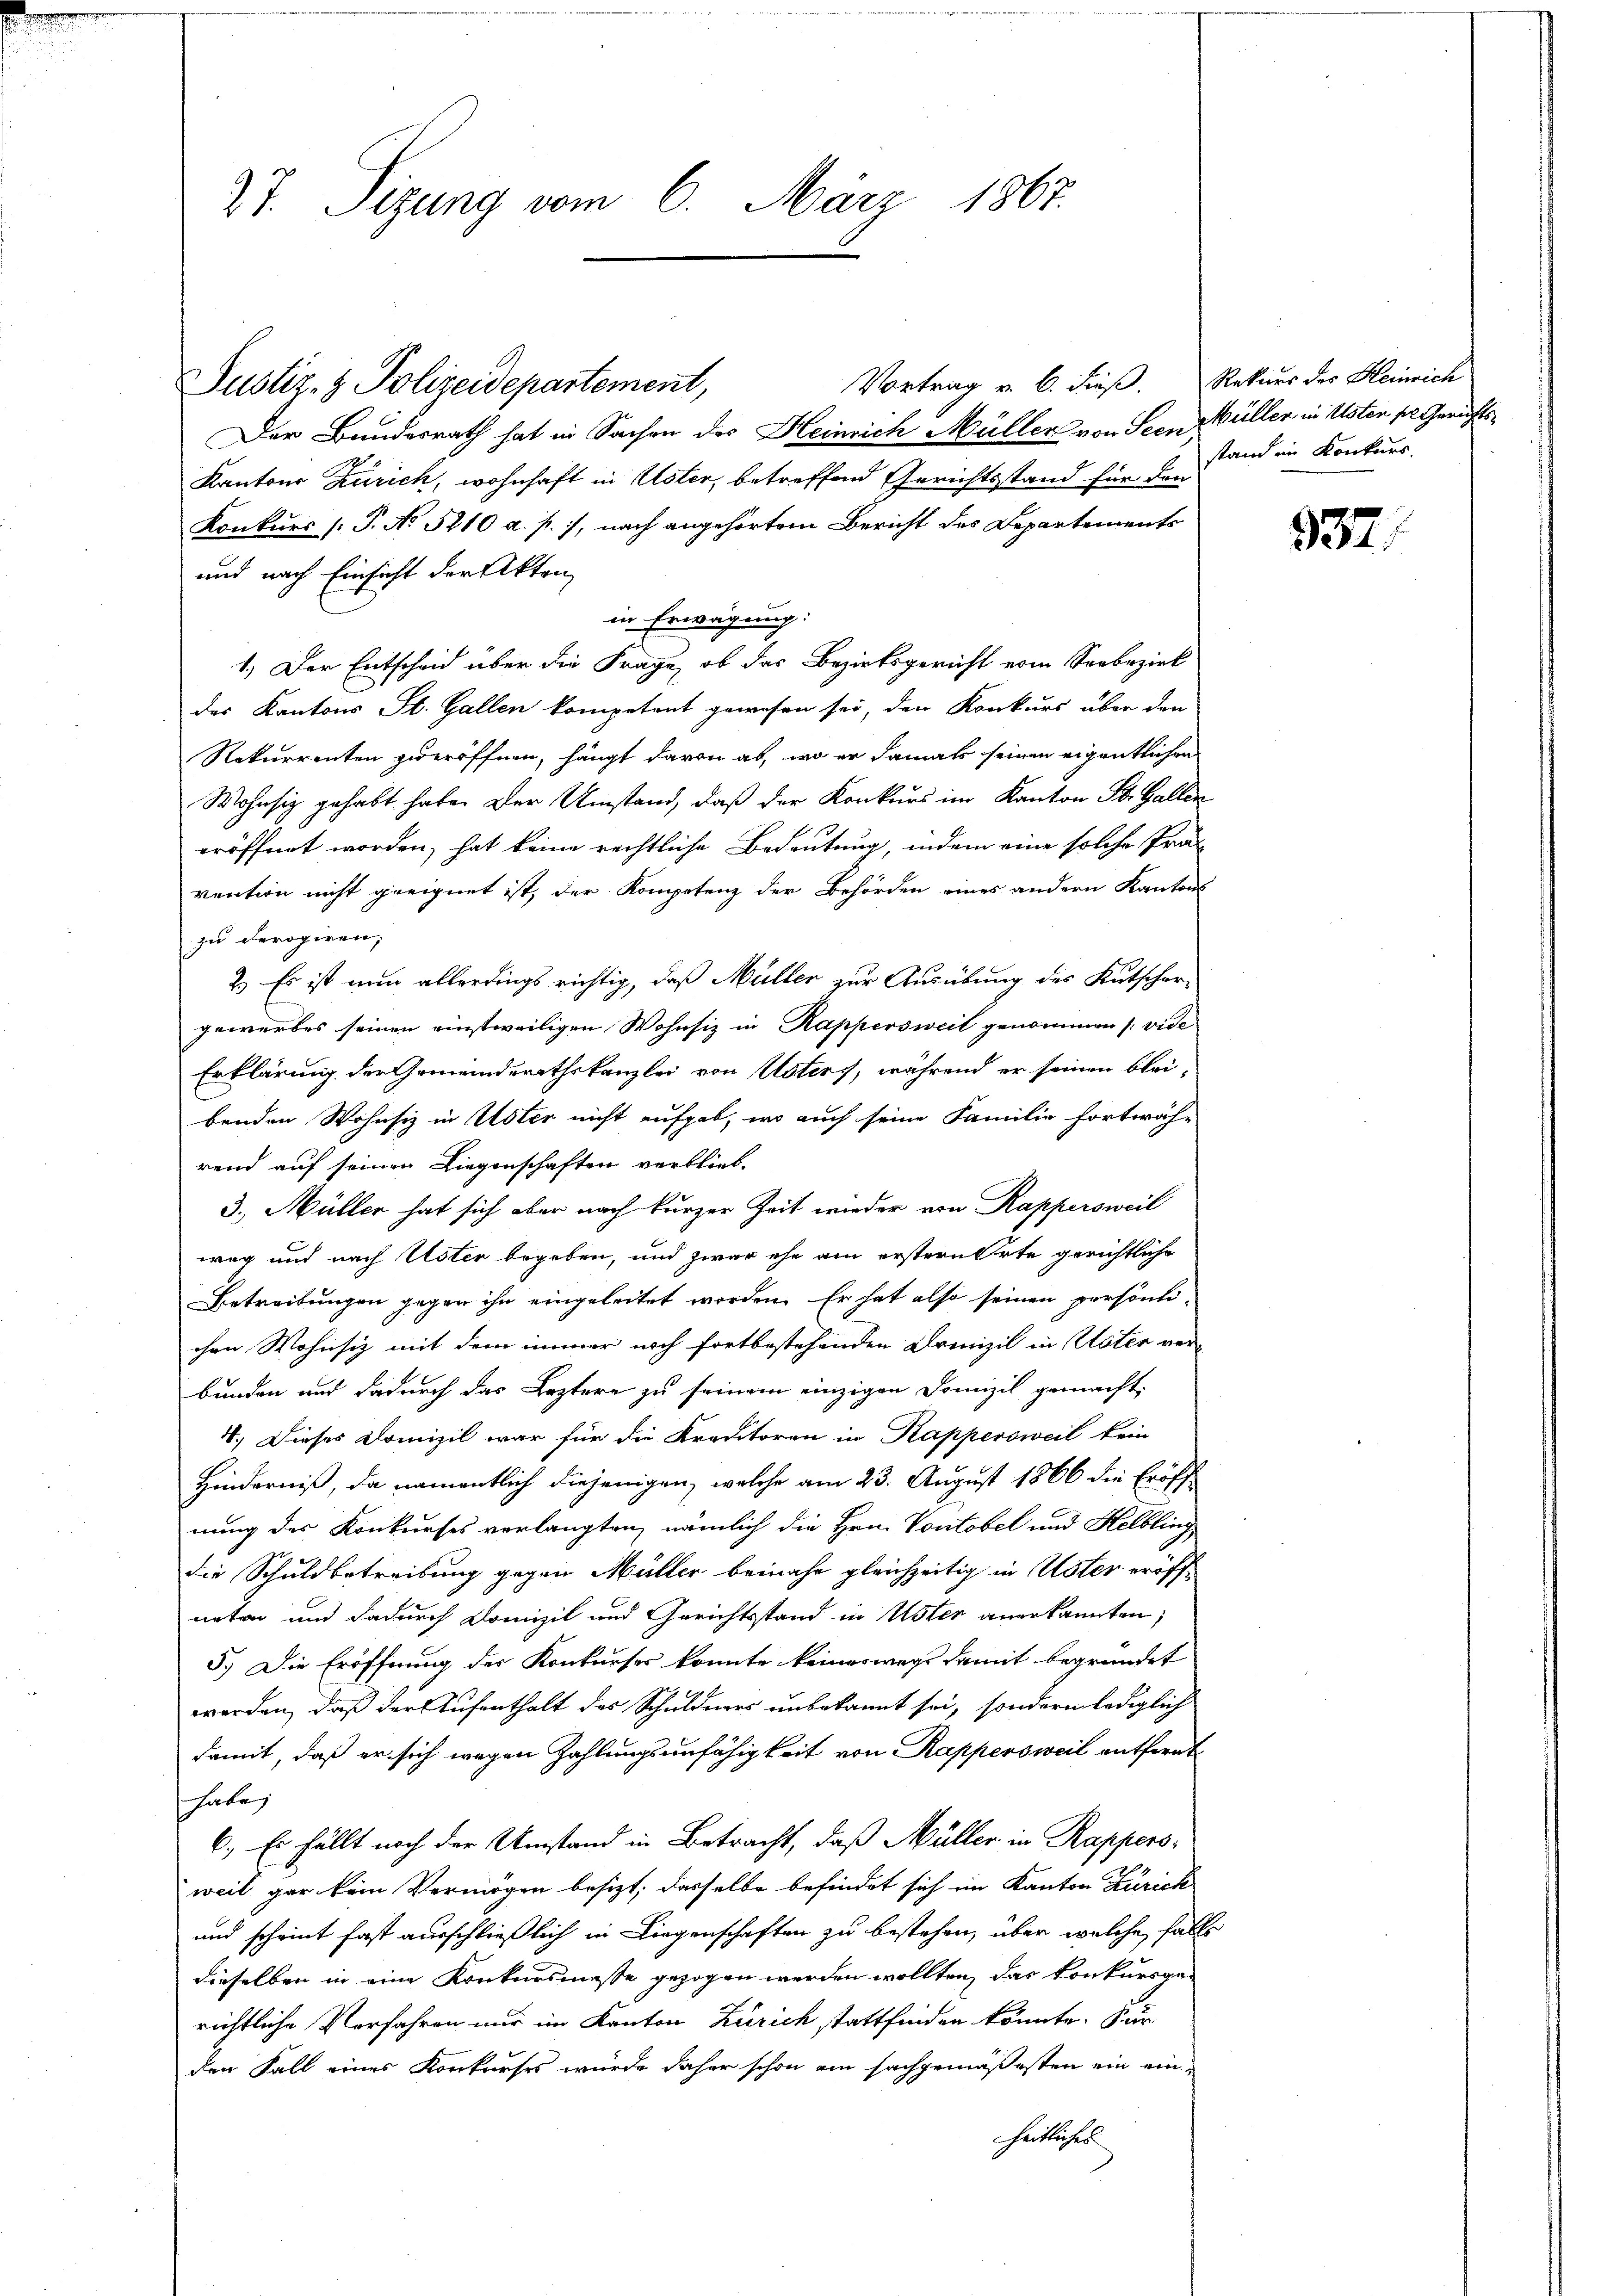
27. Sizung vom 6. März 1867.

Justiz- & Polizeidepartement,

Vortrag v. 6. dieß. Rekurs des Heinrich

Der Bundesrath hat in Sachen des Heinrich Müller von Seen Müllen in Uster sel. Gerichts¬
Kantons Zürich, wohnhaft in Uster, betreffend Gerichtsstand für den
Konkurs (T. No 5210 a. p.), nach angehörtem Bericht des Departements
und nach Einsicht der Akten,
in Erwägung:
1.) Der Entscheid über die Frage, ob das Bezirksgericht vom Seebezirk
der Kantons St. Gallen kompetent gewesen sei, den Konkurs über den
Rekurrenten zweröffnen, hängt davon ab, wo er damals seinen eigentlichen
Wohnsiz gehabt habe. Der Umstand, daß der Konkurs im Kanton St. Gallen
eröffnet worden, hat keine rechtliche Bedeutung, indem eine solche Prävention nicht geeignet ist, der Kompetenz der Behörden eines andern Kantons
zu derogiren,
2.) Es ist nun allerdings richtig, daß Müller zur Ausübung des Kutscher-
gewerbes seinen einstweiligen Wohnsiz in Rappersweil genommen (vide
Erklärung der Gemeinderathskanzlei von Usters, während er seinen blei-
benden Wohnsiz in Uster nicht aufgab, wo auch seine Familie fortwäh-
rend auf seinen Liegenschaften verblieb.
3.) Müller hat sich aber nach kurzer Zeit wieder von Kappersweil
weg und nach Uster begeben, und zwar ehe am erstern Orte gerichtliche
Betreitungen gegen ihn eingeleitet worden. Er hat also seinen persönti-
chen Wohnsiz mit dem immer noch fortbestehenden Drenizil in Uster verbunden und dadurch das Leztere zu seinem einzigen Domizil gemacht.
4. Dieses Domizil war für die Kreditoren in Kappersweil kein
Hinderniß, da namentlich diejenigen, welche am 23. August 1866 die Eröffnung des Konkurses verlangten, nämlich die Hrn. Vontobel und Helbling
die Schuldbetreibung gegen Müller beinahe gleichzeitig in Uster eröffneten und dadurch Domizil und Gerichtsstand in Uster anerkannten,
5.) Die Eröffnung der Konkurser konnte keineswegs damit begründet
werden, daß der Aufenthalt des Schuldners unbekannt sei, sondern lediglich
damit, daß er sich wegen Zahlungsunfähigkeit von Rappersweil entfernt
habe;
6.) Es fällt noch der Umstand in Betracht, daß Müller in Rappersweil gar kein Vermögen besizt, dasselbe befindet sich im Kanton Zürich
und scheint fast ausschließlich in Liegenschaften zu bestehen, über welche falls
dieselben in eine Konkursmasse gezogen werden wollten, das Konkursge-
richtliche Vorfahren nur im Kanton Zürich stattfinden könnte. Für
den Fall eines Konkurses wurde daher schon am sachgemäßesten ein einhatlicher

stand im Konkurs.

937.